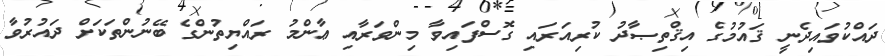
ދައްކުވައިދެނީ ޤައުމުގެ އިޤްތިޞާދު ކުރިއަރައި ގޮސްފައިވާ މިންވަރާއި ޢާންމު ރައްޔިތުންގެ ބޭނުންތަކަށް ދައުރުވާ